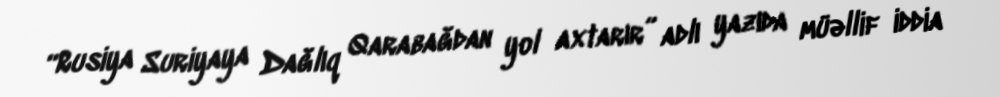
“Rusiya Suriyaya Dağlıq Qarabağdan yol axtarır” adlı yazıda müəllif iddia